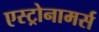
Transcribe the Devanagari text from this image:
एस्ट्रोनामर्स